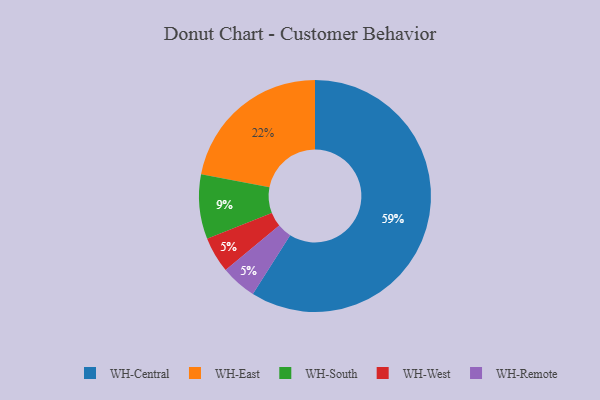
{"axis": {"x": "Category", "y": "Percentage"}, "legend": ["WH-Central", "WH-East", "WH-Remote", "WH-South", "WH-West"], "data": [{"x": "WH-West", "y": 5, "type": "WH-West"}, {"x": "WH-East", "y": 22, "type": "WH-East"}, {"x": "WH-Remote", "y": 5, "type": "WH-Remote"}, {"x": "WH-Central", "y": 59, "type": "WH-Central"}, {"x": "WH-South", "y": 9, "type": "WH-South"}]}